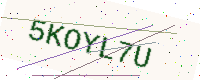
Text: 5KOYL7U